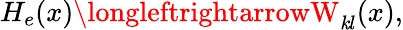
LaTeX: H_{e}(x)\longleftrightarrowW_{\mathit{k}l}(x),